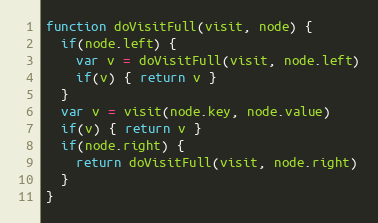
Language: JavaScript
function doVisitFull(visit, node) {
  if(node.left) {
    var v = doVisitFull(visit, node.left)
    if(v) { return v }
  }
  var v = visit(node.key, node.value)
  if(v) { return v }
  if(node.right) {
    return doVisitFull(visit, node.right)
  }
}